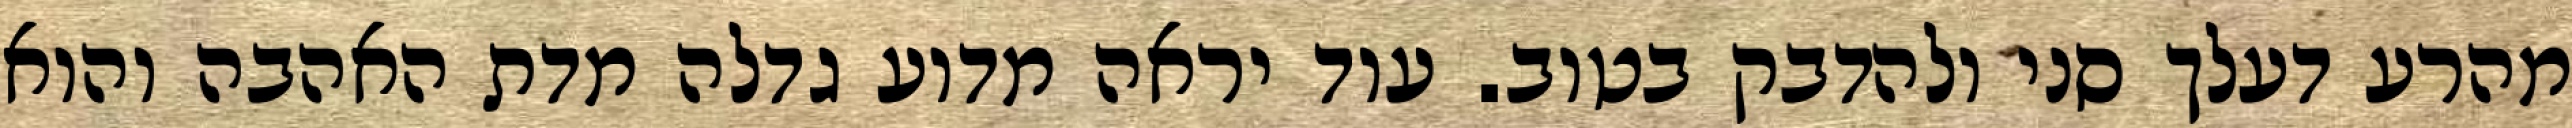
מהרע דעלך סני ולהדבק בטוב. עוד יראה מדוע גדלה מדת האהבה והוא